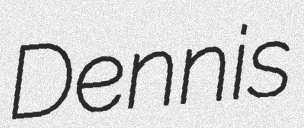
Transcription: Dennis